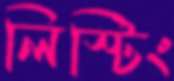
লিস্টিং